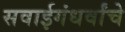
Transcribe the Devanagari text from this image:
सवाईगंधर्वांचे